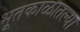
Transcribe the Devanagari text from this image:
भूतकाळातल्या